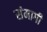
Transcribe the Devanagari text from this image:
संमागी